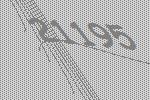
21195